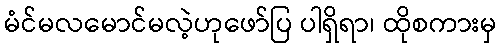
မံင်မလမောင်မလဲ့ဟုဖော်ပြ ပါရှိရာ၊ ထိုစကားမှ